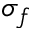
\sigma _ { f }